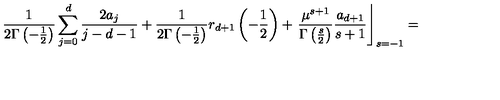
\frac 1 { 2 \Gamma \left( - \frac 1 2 \right) } \sum _ { j = 0 } ^ { d } \frac { 2 a _ { j } } { j - d - 1 } + \frac 1 { 2 \Gamma \left( - \frac 1 2 \right) } r _ { d + 1 } \left( - \frac 1 2 \right) + \left. \frac { \mu ^ { s + 1 } } { \Gamma \left( \frac s 2 \right) } \frac { a _ { d + 1 } } { s + 1 } \right\rfloor _ { s = - 1 } =